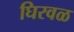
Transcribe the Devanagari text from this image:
घिरवळ